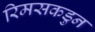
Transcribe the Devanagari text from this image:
रिमसकडुन